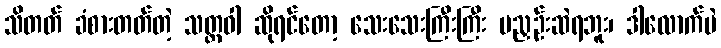
သိတတ် ခံစားတတ်တဲ့ သတ္တဝါ ဆိုရင်တော့ သေးသေးကြီးကြီး မညှဉ်းဆဲရဘူး၊ ဒါလောက်ပဲ